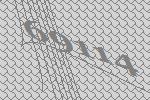
69114